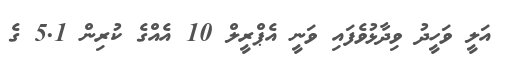
އަލީ ވަހީދު ވިދާޅުވެފައި ވަނީ އެޕްރީލް 10 އެއްގެ ކުރިން 5.1 ގެ